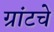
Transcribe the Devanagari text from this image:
ग्रांटचे